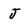
Character: J